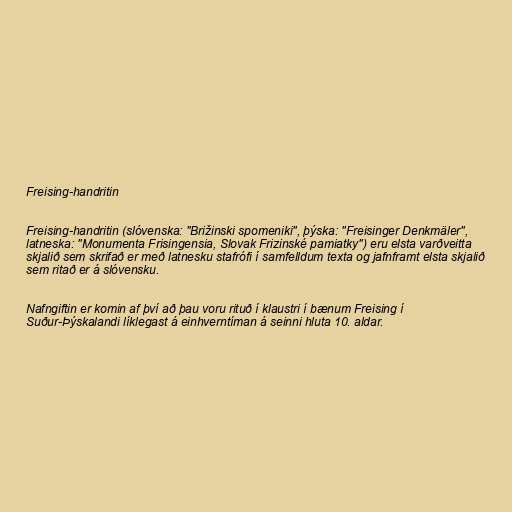
Freising-handritin

Freising-handritin (slóvenska: "Brižinski spomeniki", þýska: "Freisinger Denkmäler",
latneska: "Monumenta Frisingensia, Slovak Frizinské pamiatky") eru elsta varðveitta
skjalið sem skrifað er með latnesku stafrófi í samfelldum texta og jafnframt elsta skjalið
sem ritað er á slóvensku.

Nafngiftin er komin af því að þau voru rituð í klaustri í bænum Freising í
Suður-Þýskalandi líklegast á einhverntíman á seinni hluta 10. aldar.